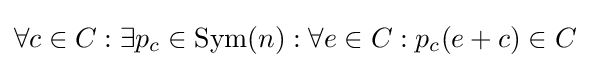
\forall c\in C:\exists p_{c}\in {\text{Sym}}(n):\forall e\in C:p_{c}(e+c)\in C